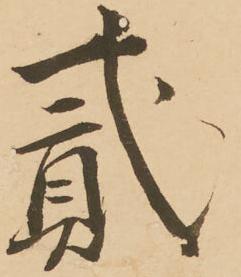
弐